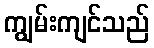
ကျွမ်းကျင်သည်